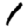
Digit: 1